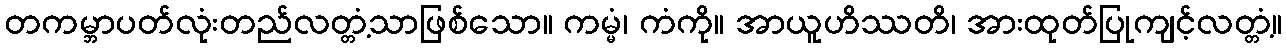
တကမ္ဘာပတ်လုံးတည်လတ္တံ့သာဖြစ်သော။ ကမ္မံ၊ ကံကို။ အာယူဟိဿတိ၊ အားထုတ်ပြုကျင့်လတ္တံ့။